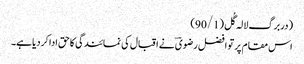
(دربرگ لالہ گُل(90/1)
اس مقام پر تو افضل رضویؔ نے اقبال کی نمائندگی کاحق اداکردیاہے۔